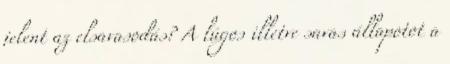
jelent az elsavasodás? A lúgos illetve savas állapotot a